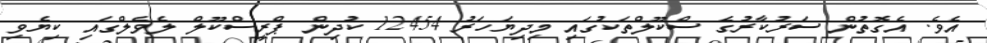
އެވެ. އެގޮތުން ސަރުކާރުގެ ސްކޫލްތަކުގައި މިދިޔަހަރު 12454 ކުދިން ޕްރީސްކޫލް ލެވެލްގައި ކިޔެވި